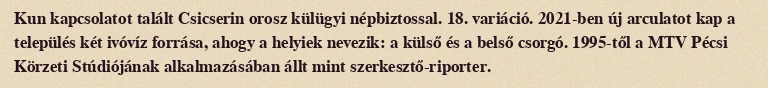
Kun kapcsolatot talált Csicserin orosz külügyi népbiztossal. 18. variáció. 2021-ben új arculatot kap a település két ivóvíz forrása, ahogy a helyiek nevezik: a külső és a belső csorgó. 1995-től a MTV Pécsi Körzeti Stúdiójának alkalmazásában állt mint szerkesztő-riporter.